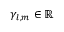
\gamma _ { l , m } \in \mathbb { R }